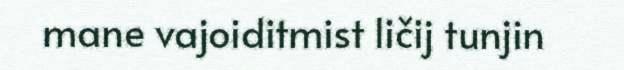
mane vajoiditmist ličij tunjin